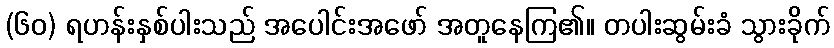
(၆၀) ရဟန်းနှစ်ပါးသည် အပေါင်းအဖော် အတူနေကြ၏။ တပါးဆွမ်းခံ သွားခိုက်